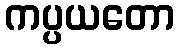
ကပ္ပယတော